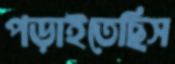
পড়াইতেছিস